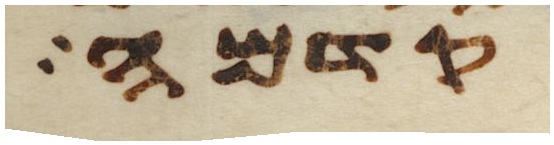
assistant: קדמה